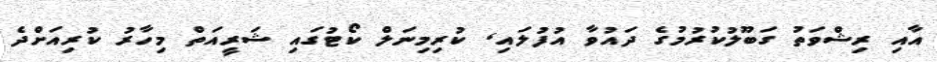
އާއި ރިޝްވަތު ގަބޫލުކުރުމުގެ ދައުވާ އުފުލައި